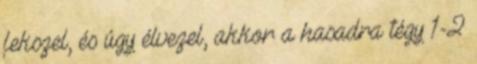
fekszel, és úgy élvezel, akkor a hasadra tégy 1-2